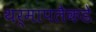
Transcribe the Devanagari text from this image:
थर्मापलैकडे